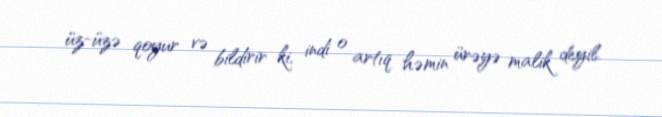
üz-üzə qoyur və bildirir ki, indi o artıq həmin ürəyə malik deyil.